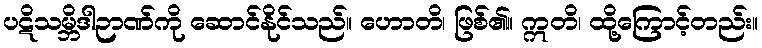
ပဋိသမ္ဘိဒါဉာဏ်ကို ဆောင်နိုင်သည်။ ဟောတိ၊ ဖြစ်၏။ ဣတိ၊ ထို့ကြောင့်တည်း။